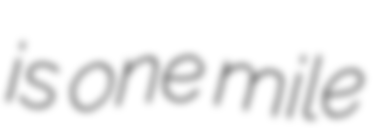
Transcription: is one mile